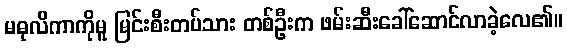
မဓုလိကာကိုမူ မြင်းစီးတပ်သား တစ်ဦးက ဖမ်းဆီးခေါ်ဆောင်လာခဲ့လေ၏။